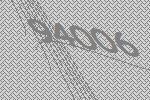
94006